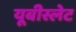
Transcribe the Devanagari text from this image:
यूबीस्लेट